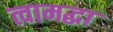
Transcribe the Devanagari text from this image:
त्वामद्धा